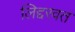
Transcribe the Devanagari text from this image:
लिद्दरवत